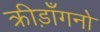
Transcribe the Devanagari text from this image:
क्रीड़ाँगनो